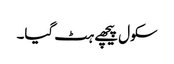
سکول پیچھے ہٹ گیا۔